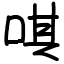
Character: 唭